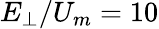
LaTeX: E_{\perp}/U_{m}=10